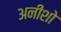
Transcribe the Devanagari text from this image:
अनीशो